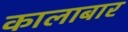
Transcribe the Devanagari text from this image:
कालाबार